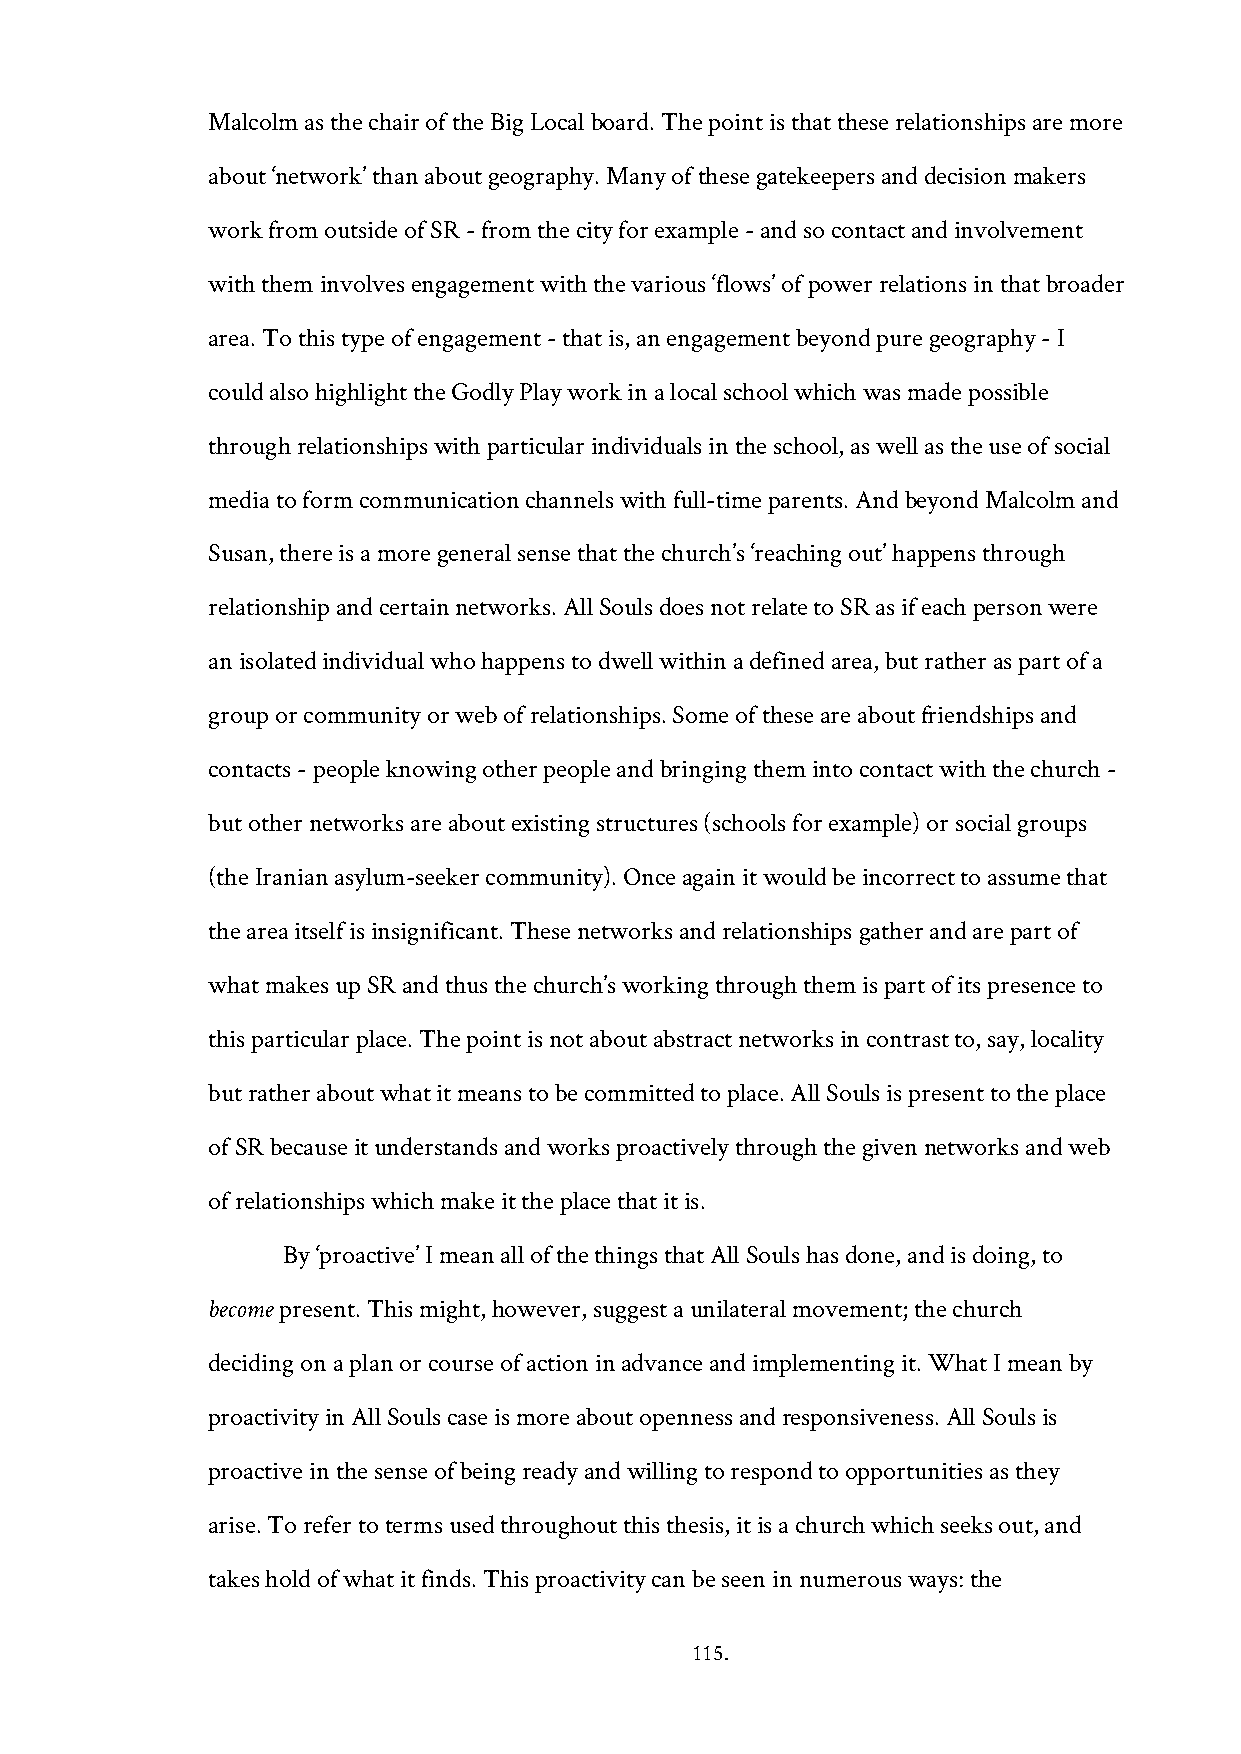
Malcolm as the chair of the Big Local board. The point is that these relationships are more
 about ‘network’ than about geography. Many of these gatekeepers and decision makers
 work from outside of SR - from the city for example - and so contact and involvement
 with them involves engagement with the various ‘flows’ of power relations in that broader
 area. To this type of engagement - that is, an engagement beyond pure geography - I
 could also highlight the Godly Play work in a local school which was made possible
 through relationships with particular individuals in the school, as well as the use of social
 media to form communication channels with full-time parents. And beyond Malcolm and
 Susan, there is a more general sense that the church’s ‘reaching out’ happens through
 relationship and certain networks. All Souls does not relate to SR as if each person were
 an isolated individual who happens to dwell within a defined area, but rather as part of a
 group or community or web of relationships. Some of these are about friendships and
 contacts - people knowing other people and bringing them into contact with the church -
 but other networks are about existing structures (schools for example) or social groups
 (the Iranian asylum-seeker community). Once again it would be incorrect to assume that
 the area itself is insignificant. These networks and relationships gather and are part of
 what makes up SR and thus the church’s working through them is part of its presence to
 this particular place. The point is not about abstract networks in contrast to, say, locality
 but rather about what it means to be committed to place. All Souls is present to the place
 of SR because it understands and works proactively through the given networks and web
 of relationships which make it the place that it is.
 By ‘proactive’ I mean all of the things that All Souls has done, and is doing, to
 become present. This might, however, suggest a unilateral movement; the church
 deciding on a plan or course of action in advance and implementing it. What I mean by
 proactivity in All Souls case is more about openness and responsiveness. All Souls is
 proactive in the sense of being ready and willing to respond to opportunities as they
 arise. To refer to terms used throughout this thesis, it is a church which seeks out, and
 takes hold of what it finds. This proactivity can be seen in numerous ways: the
 115.